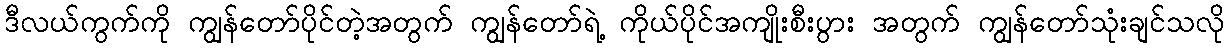
ဒီလယ်ကွက်ကို ကျွန်တော်ပိုင်တဲ့အတွက် ကျွန်တော်ရဲ့ ကိုယ်ပိုင်အကျိုးစီးပွား အတွက် ကျွန်တော်သုံးချင်သလို